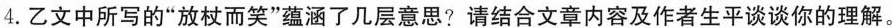
4.乙文中所写的”放杖而笑”蕴涵了几层意思?请结合文章内容及作者生平谈谈你的理解。